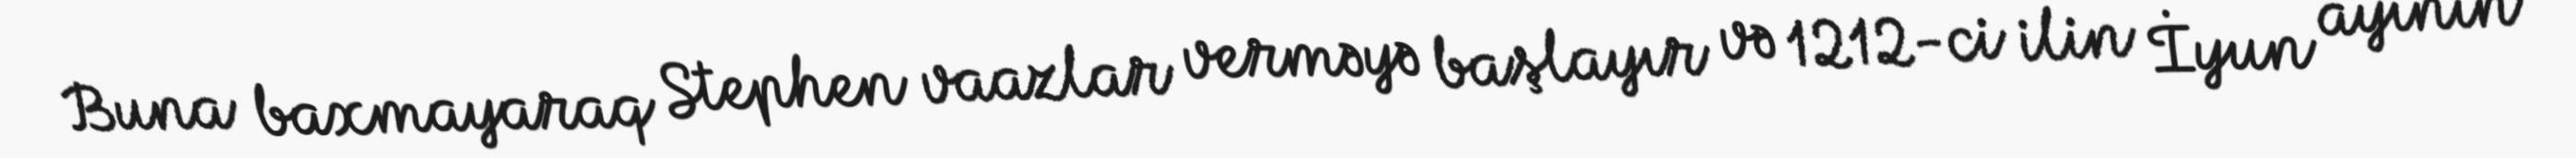
Buna baxmayaraq Stephen vaazlar verməyə başlayır və 1212-ci ilin İyun ayının